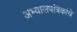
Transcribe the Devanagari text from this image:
अभ्यासपत्रिकांचे